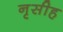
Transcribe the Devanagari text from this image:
नृसीह